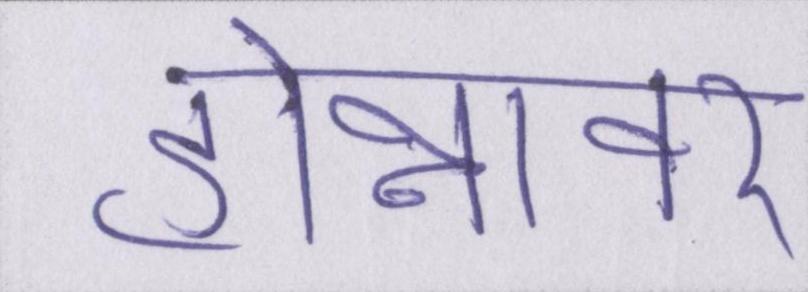
होन्नावर